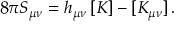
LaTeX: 8 \pi S _ { \mu \nu } = h _ { \mu \nu } \, [ K ] - [ K _ { \mu \nu } ] \, .